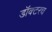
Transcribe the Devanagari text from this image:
डॉक्टरच